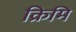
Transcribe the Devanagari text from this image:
क्रिमि